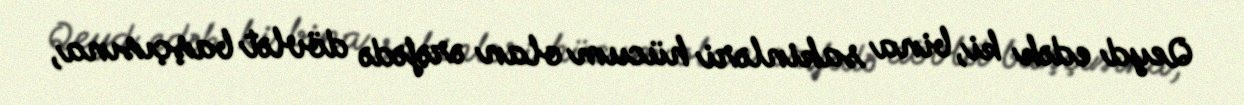
Qeyd edək ki, bina sakinləri hücum olan ərəfədə dövlət başçısına,